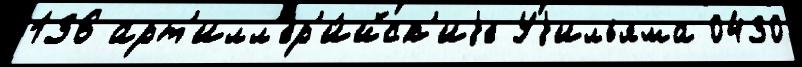
136 арт'илл'ер'и́йск'иjе Уjильяма 0430